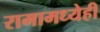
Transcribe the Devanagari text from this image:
रामामध्येही